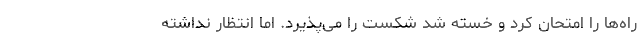
راه‌ها را امتحان کرد و خسته شد شکست را می‌پذیرد. اما انتظار نداشته